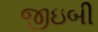
જીઇબી